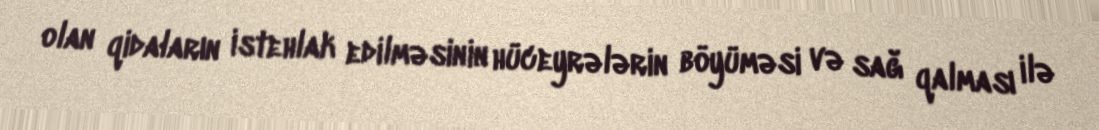
olan qidaların istehlak edilməsinin hüceyrələrin böyüməsi və sağ qalması ilə